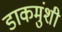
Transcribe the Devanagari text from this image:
डाकमुंशी